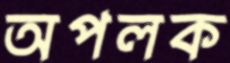
অপলক